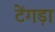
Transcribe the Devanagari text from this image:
टेंगड़ा